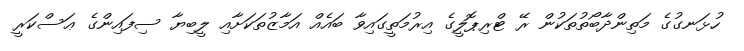
ހުޅަނގުގެ މަތިންދާބޯތުތަކުން ރޭ ޓްރިޕޮލީގެ އިރުމަތީގައިވާ ބައެއް އަމާޒުތަކަށާއި ލީބިޔާ ސިފައިންގެ ޢަސްކަރީ